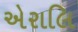
એરાલિ